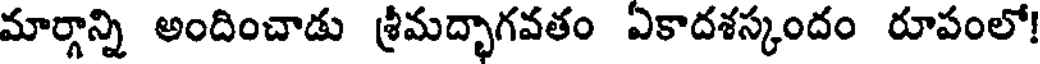
మార్గాన్ని అందించాడు శ్రీమద్భాగవతం ఎకాదశస్కందం రూపంలో!